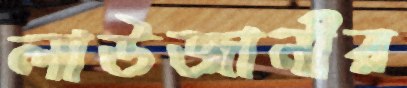
লাউজানীর